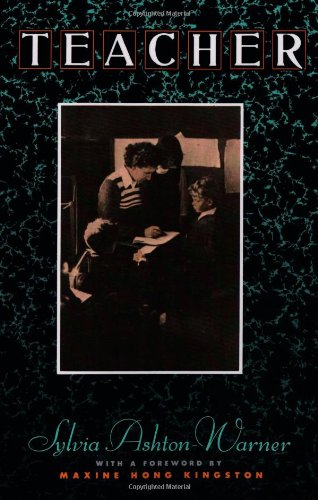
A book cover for Teacher; Sylvia Ashton-Warner; Biographies & Memoirs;